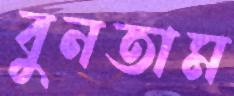
বুনতাম